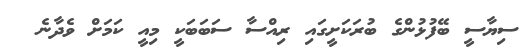
ސިޔާސީ ބޭފުޅުންގެ ބުރަކަށީގައި ރިއްސާ ސަބަބަކީ މިއީ ކަމަށް ވެދާނެ